Report of the Indian Hemp Drugs Commission, 1894-1895 - Volume IV
Year: 1894
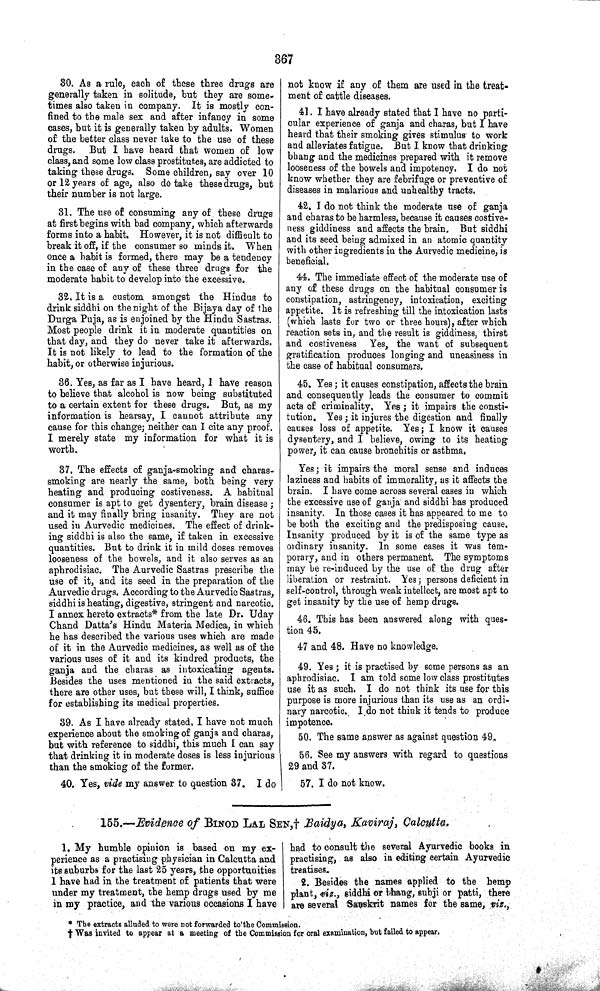
367
30. As a rule, each of these three drugs are
generally taken in solitude, but they are some-
times also taken in company. It is mostly con-
fined to the male sex and after infancy in some
cases, but it is generally taken by adults. Women
of the better class never take to the use of these
drugs. But I have heard that women of low
class, and some low class prostitutes, are addicted to
taking these drugs. Some children, say over 10
or 12 years of age, also do take these drugs, but
their number is not large.
31. The use of consuming any of these drugs
at first begins with bad company, which afterwards
forms into a habit. However, it is not difficult to
break it off, if the consumer so minds it. When
once a habit is formed, there may be a tendency
in the case of any of these three drugs for the
moderate habit to develop into the excessive.
32. It is a custom amongst the Hindus to
drink siddhi on the night of the Bijaya day of the
Durga Puja, as is enjoined by the Hindu Sastras.
Most people drink it in moderate quantities on
that day, and they do never take it afterwards.
It is not likely to lead to the formation of the
habit, or otherwise injurious.
36. Yes, as far as I have heard, I have reason
to believe that alcohol is now being substituted
to a certain extent for these drugs. But, as my
information is hearsay, I cannot attribute any
cause for this change; neither can I cite any proof.
I merely state my information for what it is
worth.
37. The effects of ganja-smoking and charas-
smoking are nearly the same, both being very
heating and producing costiveness. A habitual
consumer is apt to get dysentery, brain disease;
and it may finally bring insanity. They are not
used in Aurvedic medicines. The effect of drink-
ing siddhi is also the same, if taken in excessive
quantities. But to drink it in mild doses removes
looseness of the bowels, and it also serves as an
aphrodisiac. The Aurvedic Sastras prescribe the
use of it, and its seed in the preparation of the
Aurvedic drugs. According to the Aurvedic Sastras,
siddhi is heating, digestive, stringent and narcotic.
I annex hereto extracts* from the late Dr. Uday
Chand Datta's Hindu Materia Medica, in which
he has described the various uses which are made
of it in the Aurvedic medicines, as well as of the
various uses of it and its kindred products, the
ganja and the charas as intoxicating agents.
Besides the uses mentioned in the said extracts,
there are other uses, but these will, I think, suffice
for establishing its medical properties.
39. As I have already stated, I have not much
experience about the smoking of ganja and charas,
but with reference to siddhi, this much I can say
that drinking it in moderate doses is less injurious
than the smoking of the former.
40. Yes, vide my answer to question 37. I do
not know if any of them are used in the treat-
ment of cattle diseases.
41. I have already stated that I have no parti-
cular experience of ganja and charas, but I have
heard that their smoking gives stimulus to work
and alleviates fatigue. But I know that drinking
bhang and the medicines prepared with it remove
looseness of the bowels and impotency. I do not
know whether they are febrifuge or preventive of
diseases in malarious and unhealthy tracts.
42. I do not think the moderate use of ganja
and charas to be harmless, because it causes costive-
ness giddiness and affects the brain. But siddhi
and its seed being admixed in an atomic quantity
with other ingredients in the Aurvedic medicine, is
beneficial.
44. The immediate effect of the moderate use of
any of these drugs on the habitual consumer is
constipation, astringency, intoxication, exciting
appetite. It is refreshing till the intoxication lasts
(which lasts for two or three hours), after which
reaction sets in, and the result is giddiness, thirst
and costiveness Yes, the want of subsequent
gratification produces longing and uneasiness in
the case of habitual consumers.
45. Yes; it causes constipation, affects the brain
and consequently leads the consumer to commit
acts of criminality. Yes; it impairs the consti-
tution. Yes; it injures the digestion and finally
causes loss of appetite. Yes; I know it causes
dysentery, and I believe, owing to its heating
power, it can cause bronchitis or asthma.
Yes; it impairs the moral sense and induces
laziness and habits of immorality, as it affects the
brain. I have come across several cases in which
the excessive use of ganja and siddhi has produced
insanity. In those cases it has appeared to me to
be both the exciting and the predisposing cause.
Insanity produced by it is of the same type as
ordinary insanity. In some cases it was tem-
porary, and in others permanent. The symptoms
may be re-induced by the use of the drug after
liberation or restraint. Yes; persons deficient in
self-control, through weak intellect, are most apt to
get insanity by the use of hemp drugs.
46. This has been answered along with ques-
tion 45,
47 and 48. Have no knowledge.
49. Yes; it is practised by some persons as an
aphrodisiac. I am told some low class prostitutes
use it as such. I do not think its use for this
purpose is more injurious than its use as an ordi-
nary narcotic. I do not think it tends to produce
impotence.
50. The same answer as against question 49.
56. See my answers with regard to questions
29 and 37.
57. I do not know.
155.—Evidence of BINOD LAL SEN,† Baidya, Kaviraj, Calcutta.
1. My humble opinion is based on my ex-
perience as a practising physician in Calcutta and
its suburbs for the last 25 years, the opportunities
1 have had in the treatment of patients that were
under my treatment, the hemp drugs used by me
in my practice, and the various occasions I have
had to consult the several Ayurvedic books in
practising, as also in editing certain Ayurvedic
treatises.
2. Besides the names applied to the hemp
plant, viz., siddhi or bhang, subji or patti, there
are several Sanskrit names for the same, viz.,
* The extracts alluded to were not forwarded to the Commission.
† Was invited to appear at a meeting of the Commission for oral examination, but failed to appear.